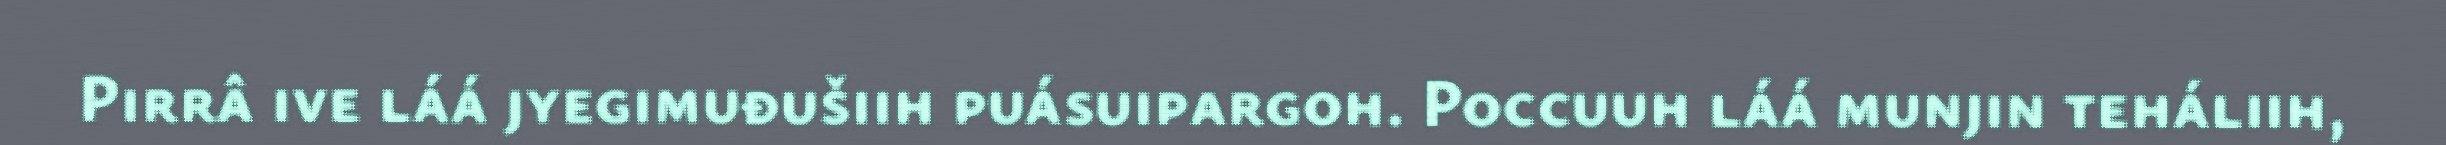
Pirrâ ive láá jyegimuđušiih puásuipargoh. Poccuuh láá munjin teháliih,